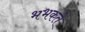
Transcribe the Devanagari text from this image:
भभकते